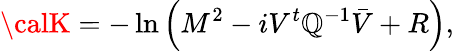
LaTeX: {\calK}=-\ln\left(M^{2}-iV^{t}{\mathbb{Q}}^{-1}\bar{{V}}+R\right),